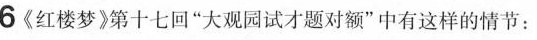
6《红楼梦》第十七回”大观园试才题对额”中有这样的情节：